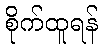
စိုက်ထူရန်